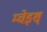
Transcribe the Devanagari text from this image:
म्चेइश्